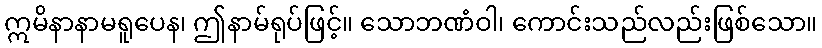
ဣမိနာနာမရူပေန၊ ဤနာမ်ရုပ်ဖြင့်။ သောဘဏံဝါ၊ ကောင်းသည်လည်းဖြစ်သော။